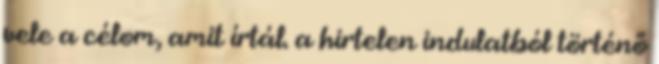
vele a célom, amit írtál. a hirtelen indulatból történő